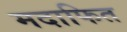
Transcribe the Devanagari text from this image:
मदाफित